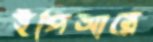
ইপিআরে